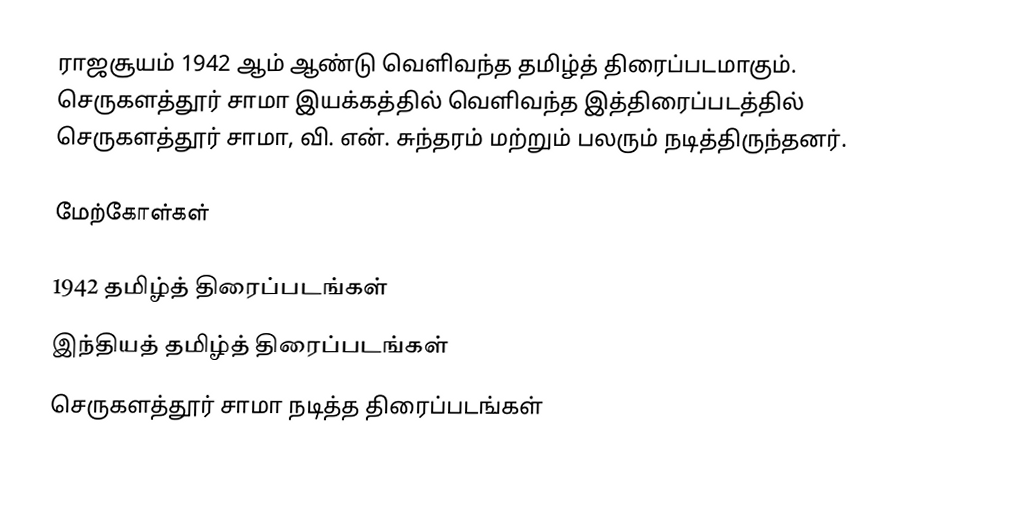
ராஜசூயம் 1942 ஆம் ஆண்டு வெளிவந்த தமிழ்த் திரைப்படமாகும். செருகளத்தூர் சாமா இயக்கத்தில் வெளிவந்த இத்திரைப்படத்தில் செருகளத்தூர் சாமா, வி. என். சுந்தரம் மற்றும் பலரும் நடித்திருந்தனர்.

மேற்கோள்கள்

1942 தமிழ்த் திரைப்படங்கள்
இந்தியத் தமிழ்த் திரைப்படங்கள்
செருகளத்தூர் சாமா நடித்த திரைப்படங்கள்